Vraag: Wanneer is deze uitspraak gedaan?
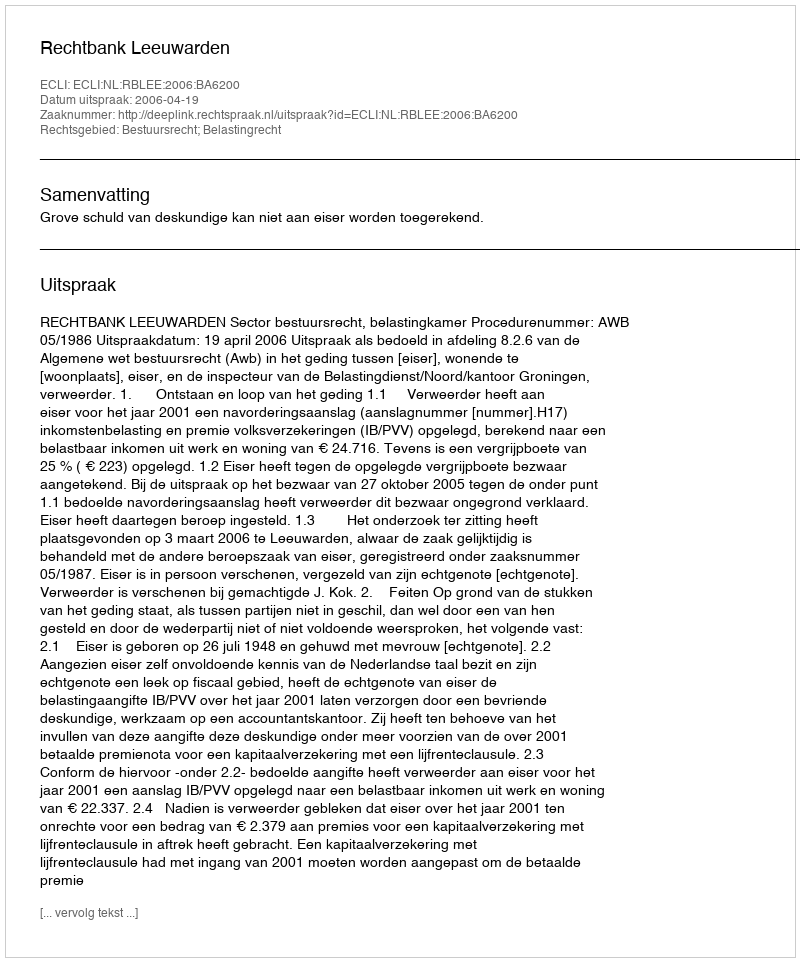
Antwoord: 2006-04-19